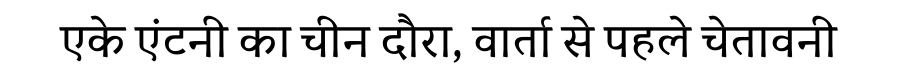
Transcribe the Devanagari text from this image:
एके एंटनी का चीन दौरा, वार्ता से पहले चेतावनी